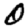
Digit: 0